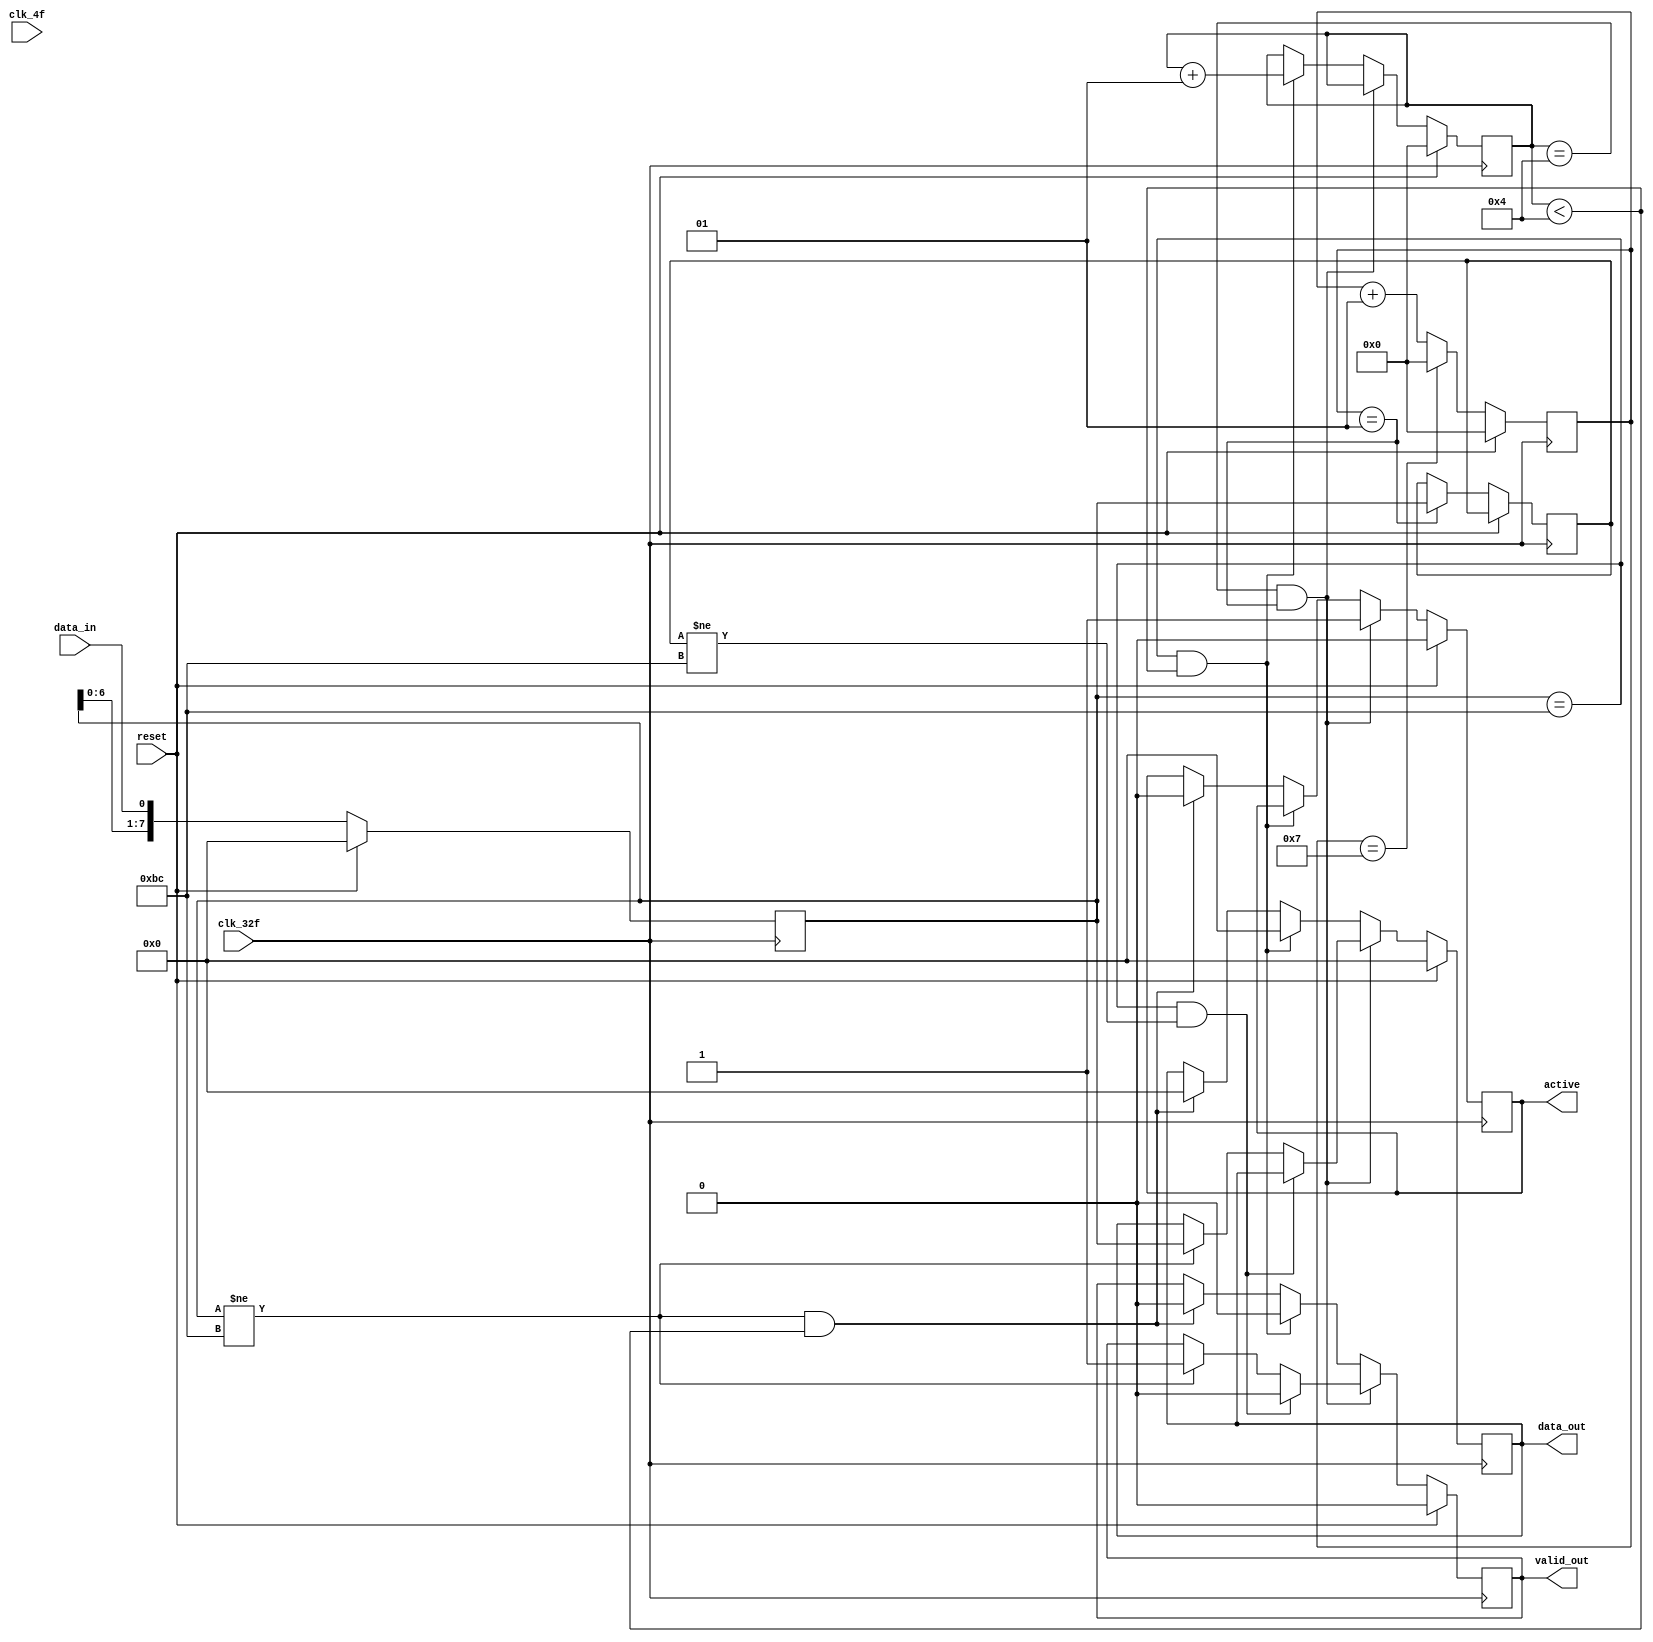
module serial_paralelo
(
	input clk_4f,
	input clk_32f,
    input reset,
	input data_in,
	output reg active, //activa cuando BC counter = 4
	output reg valid_out, //activo BC_counter>4 y data2send != 0xBC
	output reg [7:0] data_out
);
integer BC_counter;		//contador de BCs
reg [7:0] data2send;		//guardo mensaje de inters y solo leo en caso importantes
integer counter;		//Contador de 0 a 7 para ir sacando valores
reg [7:0] data2send2;


	always @(posedge clk_32f) begin
		if (reset==1)begin			//Inicializa
			data_out [7:0]<= 8'b00000000;
			valid_out <= 0;
			active <= 0;
			BC_counter <= 0;
			counter <= 0;
			data2send <= 0;
		end
		else if (reset==0) begin
			data2send <= {data2send[7:0], data_in};
			
			if (BC_counter == 4 && counter == 1) 
			begin		//Si BC counter en 4, saca los datos cuando contador llega a 0
				active <= 1;
				if (data2send == 8'hBC && data2send2 != 8'hBC) 
				begin 
					valid_out <= 0;
				end
				else if (data2send != 8'hBC) begin
					data_out <= data2send;
					valid_out <= 1;
				end
			end


			else if (data2send == 8'hBC && BC_counter < 4) 
			begin
				BC_counter <= BC_counter+1;
				valid_out <= 0;
				data_out <= 0;
			end

			else if (data2send != 8'hBC && BC_counter < 4) 
			begin
				active <=0;
				valid_out <= 0;
				data_out <= 0;
			end

			if (counter == 7) begin
				counter <= 0;
			end
			else counter <= counter+1;					// va de 0-7 en un ciclo de 4f
			
			if (counter == 1) data2send2 <= data2send;
		end
	end







/*
reg [7:0] data2send;
reg [3:0] BC_counter; 
reg [3:0] selector1;



    always @(posedge clk_32f) 
    begin
		if (reset==0)
        begin	//importante para sincronizar
			data_out [7:0]<= 8'b00000000;
			valid_out <= 0;
			active <= 0;
			BC_counter <= 4'b0000;
			//counter <= 0;
			data2send <= 8'b00000000;
			//selector1 <= 4'b0000;
		end
        else
        begin
			data2send <= {data2send[6:0], data_in};
			

			if(data2send==8'hBC && BC_counter < 4'b0100)
			begin
				BC_counter <= BC_counter + 1;
				active <= 0;
				valid_out <= 0;
				data_out <= 8'h00;
			end

			else if(data2send==8'hBC && BC_counter >= 4'b0100)
			begin
				active <= 1;
				valid_out <= 0;
				data_out <= 8'h00;
			end
			else if(data2send!=8'hBC && BC_counter >= 4'b0100)
			begin
				active <= 1;
				valid_out <= 1;
				data_out <= data2send;
			end
        end
    end*/
endmodule